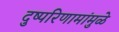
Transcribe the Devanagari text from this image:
दुष्परिणामांमुळे